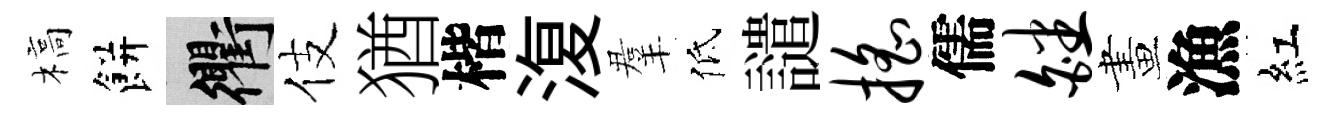
槁餅衢伎猶楷𣸪羣低譴摇儒皤畫漁紅